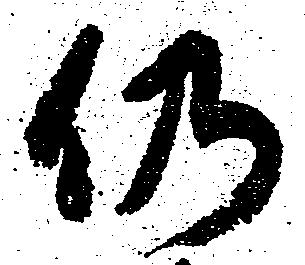
仍